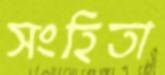
সংহিতা